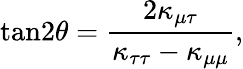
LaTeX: \mathrm{tan}2\theta={\frac{2\kappa_{\mu\tau}}{\kappa_{\tau\tau}-\kappa_{\mu\mu}}},